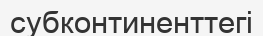
субконтиненттегі